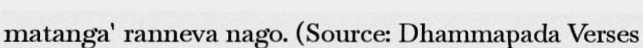
matanga' ranneva nago. (Source: Dhammapada Verses